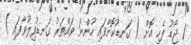
1 ޖޯޑު ފެހި އޮށް ( ގަނޑުކޮށްފައި ހުންނަ ވައްތަރު ގަނޑުފިލުވާފައި )